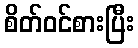
စိတ်ဝင်စားပြီး